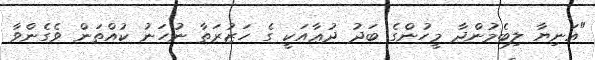
"އަނިޔާ ލިބެމުންދާ މީހުންގެ ބަދު ދުޢާއަކީ ގެ ހަޒުރަތާ ނުހަނު ކުއްތަން ވެގެންވާ